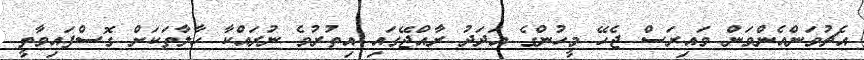
އެޗުވަންއެންވަން ވައިރަސް ޖެހޭ މީހުންގެ އަދަދު ރާއްޖޭގައި އިތުރުވެ ނުރައްކާ ހާލާތަކަށް ގޮސްފައިވާތީ